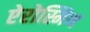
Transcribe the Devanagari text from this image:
ऐरोस्मिथ